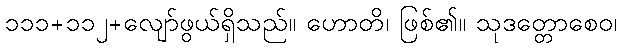
၁၁၁+၁၁၂+လျော်ဖွယ်ရှိသည်။ ဟောတိ၊ ဖြစ်၏။ သုဒတ္တောစေဝ၊